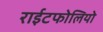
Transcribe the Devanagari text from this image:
राईटफोलियो